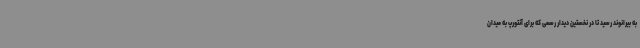
به بیرانوند رسید تا در نخستین دیدار رسمی که برای آنتورپ به میدان